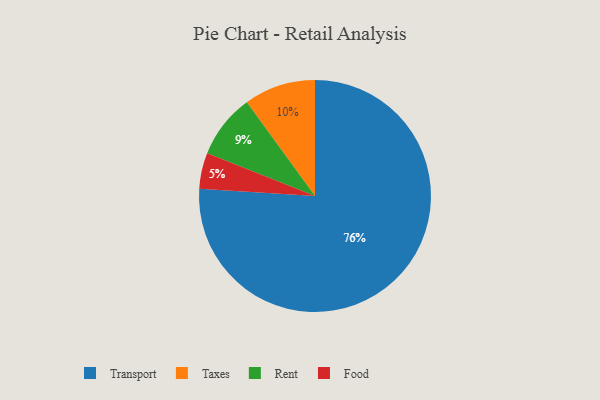
{"axis": {"x": "Category", "y": "Percentage"}, "legend": ["Food", "Rent", "Taxes", "Transport"], "data": [{"x": "Rent", "y": 9, "type": "Rent"}, {"x": "Food", "y": 5, "type": "Food"}, {"x": "Transport", "y": 76, "type": "Transport"}, {"x": "Taxes", "y": 10, "type": "Taxes"}]}